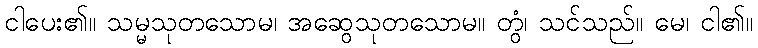
ငါပေး၏။ သမ္မသုတသောမ၊ အဆွေသုတသောမ။ တွံ၊ သင်သည်။ မေ၊ ငါ၏။